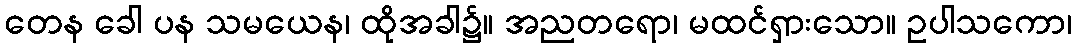
တေန ခေါ ပန သမယေန၊ ထိုအခါ၌။ အညတရော၊ မထင်ရှားသော။ ဥပါသကော၊